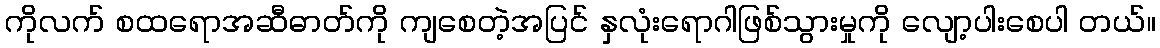
ကိုလက် စထရောအဆီဓာတ်ကို ကျစေတဲ့အပြင် နှလုံးရောဂါဖြစ်သွားမှုကို လျော့ပါးစေပါ တယ်။